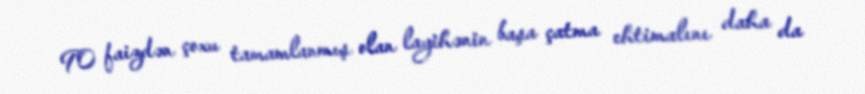
90 faizdən çoxu tamamlanmış olan layihənin başa çatma ehtimalını daha da